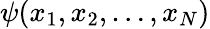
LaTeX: \psi(x_{1},x_{2},\dots,x_{N})